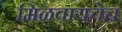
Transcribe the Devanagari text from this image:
मिळवायचेच